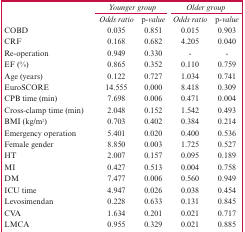
<table><thead><tr><td></td><td colspan="2"><b><i>Younger group</i></b></td><td colspan="2"><b><i>Older group</i></b></td></tr><tr><td></td><td><b><i>Odds ratio</i></b></td><td><b><i>p-value</i></b></td><td><b><i>Odds ratio</i></b></td><td><b><i>p-value</i></b></td></tr></thead><tbody><tr><td>COBD</td><td>0.035</td><td>0.851</td><td>0.015</td><td>0.903</td></tr><tr><td>CRF</td><td>0.168</td><td>0.682</td><td>4.205</td><td>0.040</td></tr><tr><td>Re-operation</td><td>0.949</td><td>0.330</td><td>-</td><td>-</td></tr><tr><td>EF (%)</td><td>0.865</td><td>0.352</td><td>0.110</td><td>0.759</td></tr><tr><td>Age (years)</td><td>0.122</td><td>0.727</td><td>1.034</td><td>0.741</td></tr><tr><td>EuroSCORE</td><td>14.555</td><td>0.000</td><td>8.418</td><td>0.309</td></tr><tr><td>CPB time (min)</td><td>7.698</td><td>0.006</td><td>0.471</td><td>0.004</td></tr><tr><td>Cross-clamp time (min)</td><td>2.048</td><td>0.152</td><td>1.542</td><td>1.542</td></tr><tr><td>BMI (kg/m2)</td><td>0.703</td><td>0.402</td><td>0.384</td><td>0.214</td></tr><tr><td>Emergency operation</td><td>5.401</td><td>0.020</td><td>0.400</td><td>0.536</td></tr><tr><td>Female gender</td><td>8.850</td><td>0.003</td><td>1.725</td><td>0.527</td></tr><tr><td>HT</td><td>2.007</td><td>0.157</td><td>0.095</td><td>0.189</td></tr><tr><td>MI</td><td>0.427</td><td>0.513</td><td>0.004</td><td>0.758</td></tr><tr><td>DM</td><td>7.477</td><td>0.006</td><td>0.560</td><td>0.949</td></tr><tr><td>ICU time</td><td>4.947</td><td>0.026</td><td>0.038</td><td>0.454</td></tr><tr><td>Levosimendan</td><td>0.228</td><td>0.633</td><td>0.131</td><td>0.845</td></tr><tr><td>CVA</td><td>1.634</td><td>0.201</td><td>0.021</td><td>0.717</td></tr><tr><td>LMCA</td><td>0.955</td><td>0.329</td><td>0.021</td><td>0.885</td></tr></tbody></table>